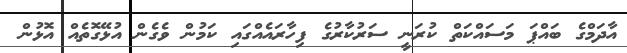
އާދަމްގެ ބައްޕަ މަސައްކަތް ކުރަނީ ސަރުކާރުގެ ފިހާރައެއްގައި ކަމުން ވެގެން އުޅޭގޮތެއް އޮޅުން